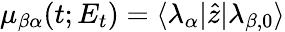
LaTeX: \mu_{\beta\alpha}(t;E_{t})=\langle\lambda_{\alpha}|\hat{z}|\lambda_{\beta,0}\rangle